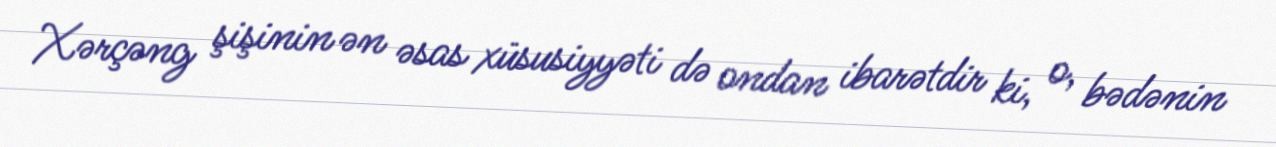
Xərçəng şişinin ən əsas xüsusiyyəti də ondan ibarətdir ki, o, bədənin